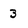
Character: 3